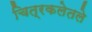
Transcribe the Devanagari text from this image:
चित्रकलेतले